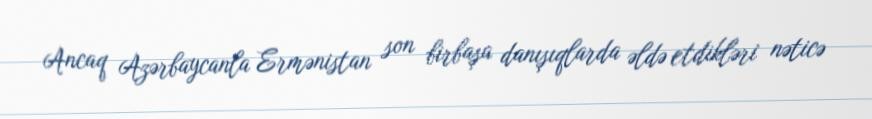
Ancaq Azərbaycanla Ermənistan son birbaşa danışıqlarda əldə etdikləri nəticə